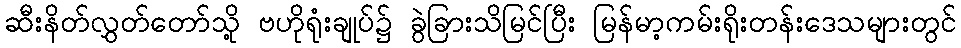
ဆီးနိတ်လွှတ်တော်သို့ ဗဟိုရုံးချုပ်၌ ခွဲခြားသိမြင်ပြီး မြန်မာ့ကမ်းရိုးတန်းဒေသများတွင်